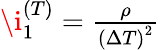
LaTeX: \begin{array}{r}{\i_{1}^{(T)}=\frac{\rho}{\left(\Delta T\right)^{2}}}\end{array}